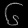
Digit: ၆